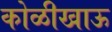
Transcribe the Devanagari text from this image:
कोळीखाऊ